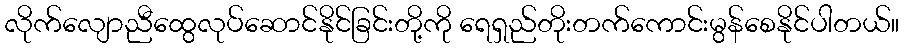
လိုက်လျောညီထွေလုပ်ဆောင်နိုင်ခြင်းတို့ကို ရေရှည်တိုးတက်ကောင်းမွန်စေနိုင်ပါတယ်။